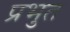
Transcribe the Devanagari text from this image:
प्रभुत